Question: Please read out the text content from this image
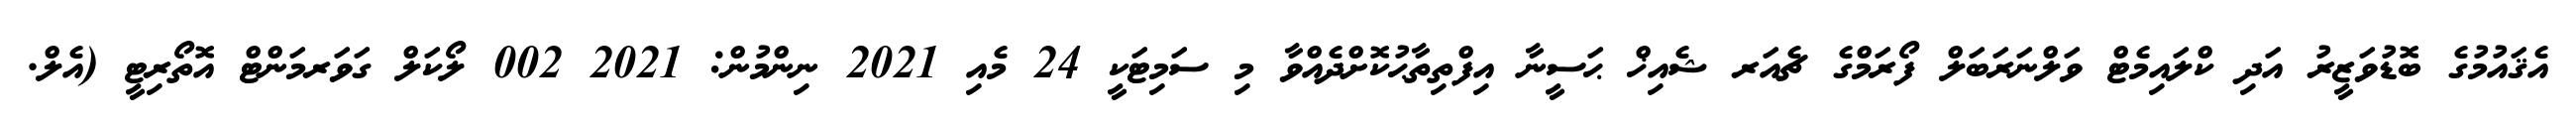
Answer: އެޤައުމުގެ ބޮޑުވަޒީރު އަދި ކްލައިމެޓް ވަލްނަރަބަލް ފޯރަމްގެ ޗެއަރ ޝެއިޚް ޙަސީނާ އިފްތިތާޙުކޮށްދެއްވާ މި ސަމިޓަކީ 24 މެއި 2021 ނިންމުން: 2021 002 ލޯކަލް ގަވަރމަންޓް އޮތޯރިޓީ (އެލް.